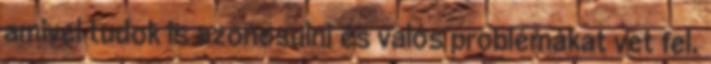
amivel tudok is azonosulni és valós problémákat vet fel.